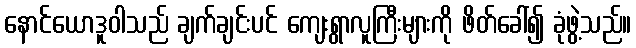
နောင်ယောဒူဝါသည် ချက်ချင်းပင် ကျေးရွာလူကြီးများကို ဖိတ်ခေါ်၍ ခုံဖွဲ့သည်။